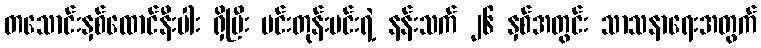
တသောင်းနှစ်ထောင်နီးပါး ရှိပြီး မင်းတုန်းမင်းရဲ့ နန်းသက် ၂၆ နှစ်အတွင်း သာသနာရေးအတွက်